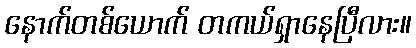
နောက်တစ်ယောက် တကယ်ရှာနေပြီလား။